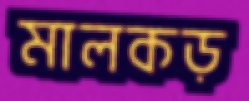
মালকড়